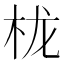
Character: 栊